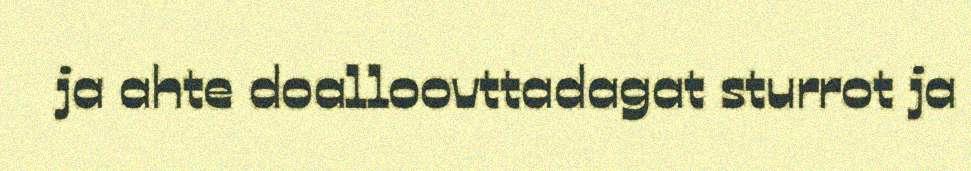
ja ahte doalloovttadagat sturrot ja